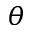
\theta